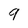
Character: 9